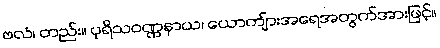
ဗလံ၊ တည်း။ ပုရိသဝဏ္ဏနာယ၊ ယောကျ်ားအရေအတွက်အားဖြင့်။